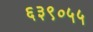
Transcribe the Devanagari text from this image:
६३९०५५